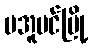
မအူပင်မြို့